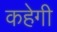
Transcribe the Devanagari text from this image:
कहेगी